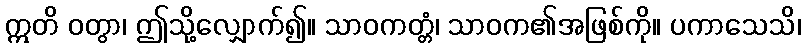
ဣတိ ဝတွာ၊ ဤသို့လျှောက်၍။ သာဝကတ္တံ၊ သာဝက၏အဖြစ်ကို။ ပကာသေသိ၊